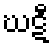
ဃဋီ